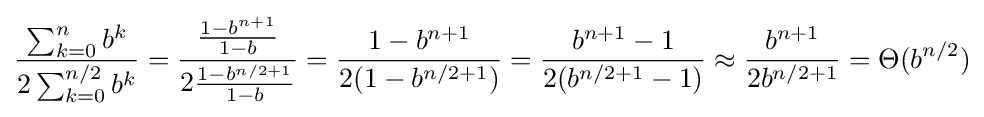
{\frac {\sum _{k=0}^{n}b^{k}}{2\sum _{k=0}^{n/2}b^{k}}}={\frac {\frac {1-b^{n+1}}{1-b}}{2{\frac {1-b^{n/2+1}}{1-b}}}}={\frac {1-b^{n+1}}{2(1-b^{n/2+1})}}={\frac {b^{n+1}-1}{2(b^{n/2+1}-1)}}\approx {\frac {b^{n+1}}{2b^{n/2+1}}}=\Theta (b^{n/2})